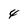
Character: 4